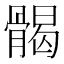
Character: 𩩲